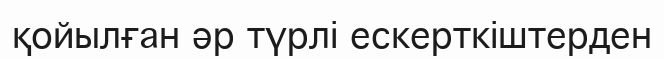
қойылған әр түрлі ескерткіштерден